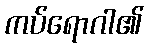
ကပ်ရောဂါ၏